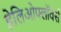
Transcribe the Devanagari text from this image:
हेलिओफ्लॉवर्स